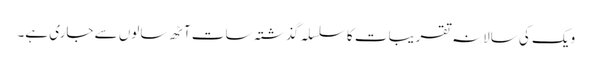
ویک کی سالانہ تقریبات کا سلسلہ گذشتہ سات آٹھ سالوں سے جاری ہے۔